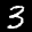
Label: 3